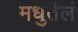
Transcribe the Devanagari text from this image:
मधुतैलं